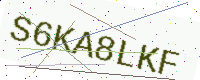
Text: S6KA8LKF